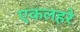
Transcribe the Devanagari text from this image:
एकलहरे